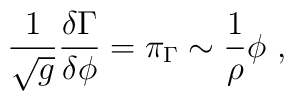
\frac1{\sqrt{g}} \frac{\delta\Gamma}{\delta \phi} =   \pi_\Gamma \sim \frac1\rho \phi~,